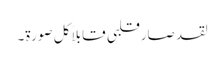
لقد صارقلبی قابلاً کل صورۃ۔